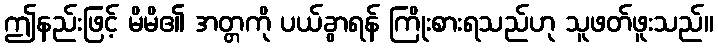
ဤနည်းဖြင့် မိမိ၏ အတ္တကို ပယ်ခွာရန် ကြိုးစားရသည်ဟု သူဖတ်ဖူးသည်။